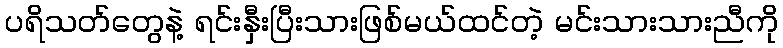
ပရိသတ်တွေနဲ့ ရင်းနှီးပြီးသားဖြစ်မယ်ထင်တဲ့ မင်းသားသားညီကို